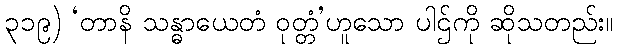
၃၁၉) ‘တာနိ သန္ဓာယေတံ ဝုတ္တံ’ဟူသော ပါဌ်ကို ဆိုသတည်း။